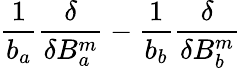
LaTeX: {\frac{1}{b_{a}}}{\frac{\delta}{\delta B_{a}^{m}}}-{\frac{1}{b_{b}}}{\frac{\delta}{\delta B_{b}^{m}}}